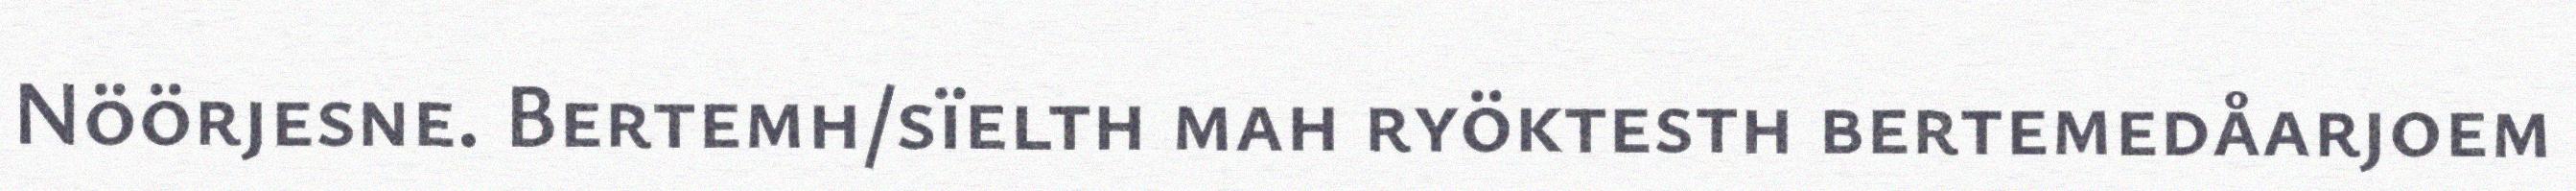
Nöörjesne. Bertemh/sïelth mah ryöktesth bertemedåarjoem